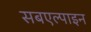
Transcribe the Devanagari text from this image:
सबएल्पाइन